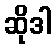
ဆိုဒါ